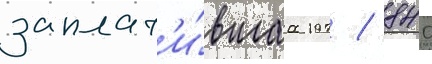
заплат'и́вшаа 197 / 840